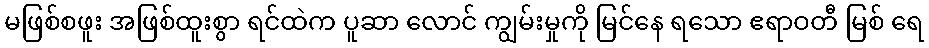
မဖြစ်စဖူး အဖြစ်ထူးစွာ ရင်ထဲက ပူဆာ လောင် ကျွမ်းမှုကို မြင်နေ ရသော ဧရာဝတီ မြစ် ရေ